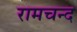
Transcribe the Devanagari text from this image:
रामचन्द